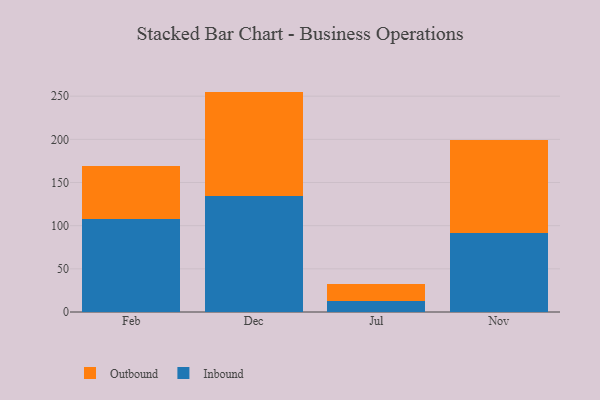
{"axis": {"x": "Month", "y": "Satisfaction Score"}, "legend": ["Inbound", "Outbound"], "data": [{"x": "Feb", "y": 108.0, "type": "Inbound"}, {"x": "Feb", "y": 60.6, "type": "Outbound"}, {"x": "Dec", "y": 134.3, "type": "Inbound"}, {"x": "Dec", "y": 121.0, "type": "Outbound"}, {"x": "Jul", "y": 12.9, "type": "Inbound"}, {"x": "Jul", "y": 19.7, "type": "Outbound"}, {"x": "Nov", "y": 91.4, "type": "Inbound"}, {"x": "Nov", "y": 107.5, "type": "Outbound"}]}